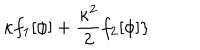
LaTeX: \kappa f _ { 1 } [ \phi ] + \frac { \kappa ^ { 2 } } { 2 } f _ { 2 } [ \phi ] \}